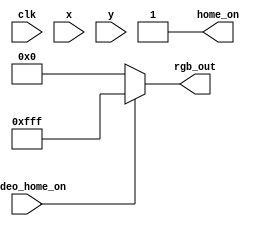
`timescale 1ns / 1ps

module home(
        input wire clk,                    // input clock signal for synchronous ROMs
        
        input wire video_home_on,               // input from vga_sync signaling when video signal is on
        input wire [9:0] x, y,             // current pixel coordinates from vga_sync circuit
        output reg [11:0] rgb_out,         // output rgb signal for current pixel
        output reg home_on            // output signal asserted when vga x/y pixel is within platform location in display area

    );
    wire [11:0] game_title_rgb,name_rgb,enter_rgb;
    wire game_title_on,name_on,enter_on;
    
//    game_title game_title_unit 
//    (
//        .clk(clk),
//        .video_on(video_home_on),
//        .x(x),
//        .y(y),
//        .rgb_out(game_title_rgb),
//        .game_title_on(game_title_on)
//    );
//	name name_unit (.clk(clk),.video_on(video_home_on),.x(x),.y(y),.rgb_out(name_rgb),.name_on(name_on));
//	enter enter_unit (.clk(clk),.video_on(video_home_on),.x(x),.y(y),.rgb_out(enter_rgb),.enter_on(enter_on));

	always @*
	   
		begin
		
		if (~video_home_on)
			rgb_out = 12'b0;
		
//		else if(game_title_on) begin
//               rgb_out = game_title_rgb;
//               home_on = 1;
//        end
        
//        else if(name_on) begin
//               rgb_out = name_rgb;
//               home_on = 1;
//        end
        
//        else if(enter_on) begin
//               rgb_out = enter_rgb;
//               home_on = 1;
//        end
        else
               rgb_out = 12'b111111111111;
               home_on = 1; //
		end
endmodule